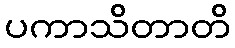
ပကာသိတာတိ